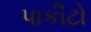
પાકીટો